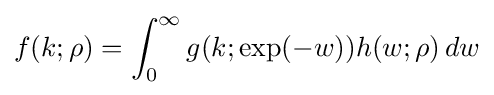
f(k;\rho )=\int _{0}^{\infty }g(k;\exp(-w))h(w;\rho )\,dw